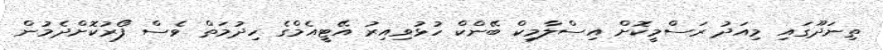
ތިނަދޫގައި މިއަދު ރަސްމީކޮށް އިސްލާމިކް ބޭންކް ހުޅުވިއިރު އޭޓީއެމްގެ ހިދުމަތް ވެސް ފޯރުކޮށްދެމުން